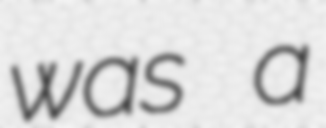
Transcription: was a